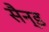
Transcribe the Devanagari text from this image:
सैन्ड